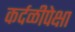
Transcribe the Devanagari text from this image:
कर्दळीपेक्षा